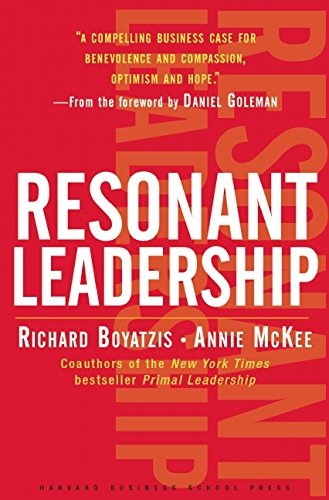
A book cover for Resonant Leadership: Renewing Yourself and Connecting with Others Through Mindfulness, Hope, and Compassion; Richard E. Boyatzis; Politics & Social Sciences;